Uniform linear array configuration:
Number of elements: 64
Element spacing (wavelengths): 1
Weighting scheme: binomial
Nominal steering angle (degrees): -15
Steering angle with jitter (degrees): -16.275
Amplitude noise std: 0.05
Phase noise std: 0.05

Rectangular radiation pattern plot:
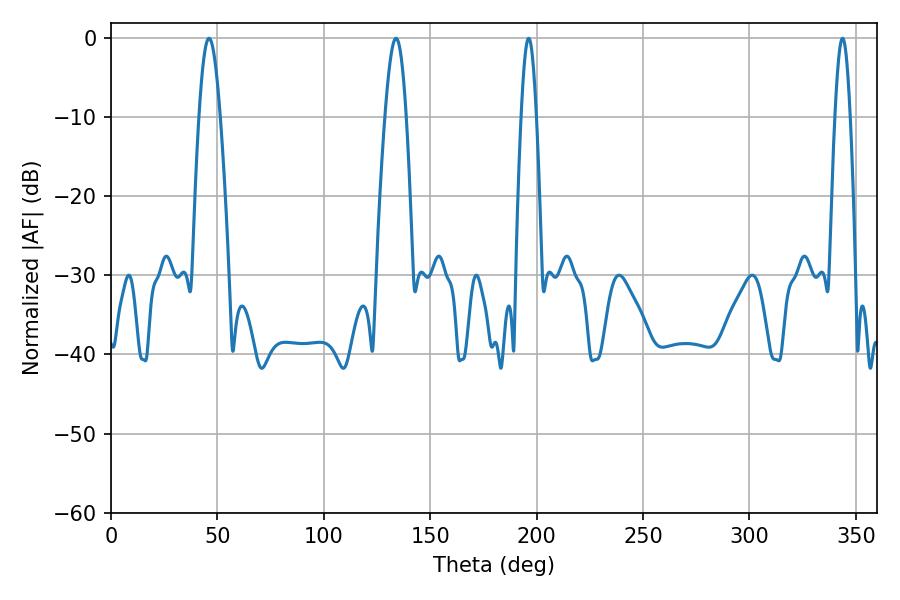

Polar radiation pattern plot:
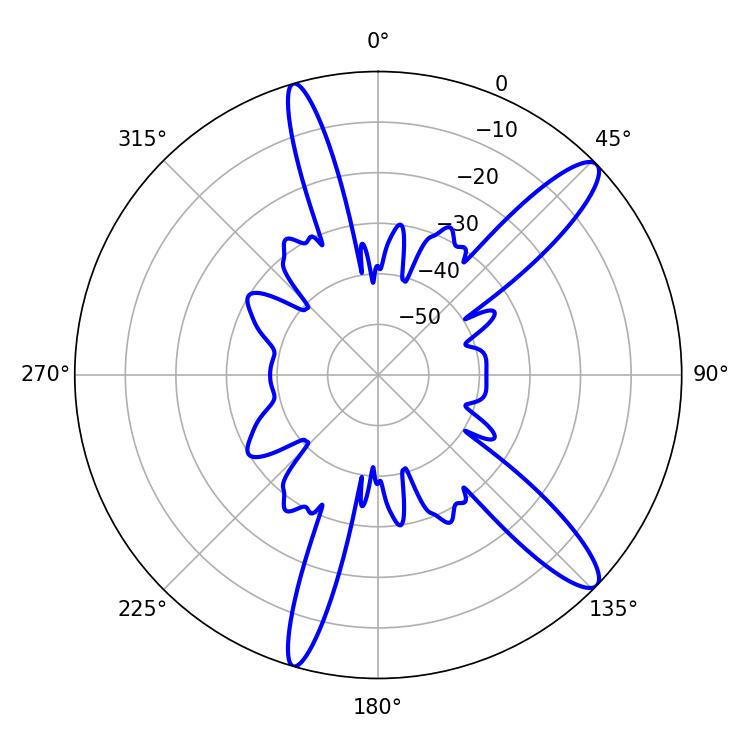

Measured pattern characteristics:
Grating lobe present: TRUE
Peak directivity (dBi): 12.741
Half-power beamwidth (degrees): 5.4
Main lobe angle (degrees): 133.92